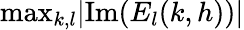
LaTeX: \mathrm{max}_{k,l}|\mathrm{Im}(E_{l}(k,h))|